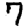
Digit: 7